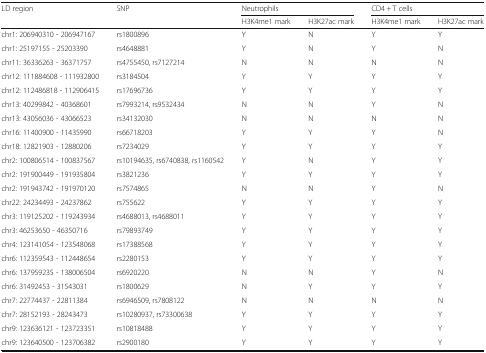
<table><thead><tr><td rowspan="2"><b>LD region</b></td><td rowspan="2"><b>SNP</b></td><td colspan="2"><b>Neutrophils</b></td><td colspan="2"><b>CD4 + T cells</b></td></tr><tr><td><b>H3K4me1 mark</b></td><td><b>H3K27ac mark</b></td><td><b>H3K4me1 mark</b></td><td><b>H3K27ac mark</b></td></tr></thead><tbody><tr><td>chr1: 206940310 - 206947167</td><td>rs1800896</td><td>Y</td><td>N</td><td>Y</td><td>Y</td></tr><tr><td>chr1: 25197155 - 25203390</td><td>rs4648881</td><td>Y</td><td>N</td><td>Y</td><td>N</td></tr><tr><td>chr11: 36336263 - 36371757</td><td>rs4755450, rs7127214</td><td>N</td><td>N</td><td>N</td><td>N</td></tr><tr><td>chr12: 111884608 - 111932800</td><td>rs3184504</td><td>Y</td><td>Y</td><td>Y</td><td>Y</td></tr><tr><td>chr12: 112486818 - 112906415</td><td>rs17696736</td><td>Y</td><td>Y</td><td>Y</td><td>Y</td></tr><tr><td>chr13: 40299842 - 40368601</td><td>rs7993214, rs9532434</td><td>N</td><td>N</td><td>Y</td><td>N</td></tr><tr><td>chr13: 43056036 - 43066523</td><td>rs34132030</td><td>N</td><td>N</td><td>N</td><td>N</td></tr><tr><td>chr16: 11400900 - 11435990</td><td>rs66718203</td><td>Y</td><td>Y</td><td>Y</td><td>N</td></tr><tr><td>chr18: 12821903 - 12880206</td><td>rs7234029</td><td>Y</td><td>Y</td><td>Y</td><td>Y</td></tr><tr><td>chr2: 100806514 - 100837567</td><td>rs10194635, rs6740838, rs1160542</td><td>Y</td><td>N</td><td>Y</td><td>Y</td></tr><tr><td>chr2: 191900449 - 191935804</td><td>rs3821236</td><td>Y</td><td>Y</td><td>Y</td><td>Y</td></tr><tr><td>chr2: 191943742 - 191970120</td><td>rs7574865</td><td>N</td><td>N</td><td>Y</td><td>N</td></tr><tr><td>chr22: 24234493 - 24237862</td><td>rs755622</td><td>Y</td><td>Y</td><td>Y</td><td>Y</td></tr><tr><td>chr3: 119125202 - 119243934</td><td>rs4688013, rs4688011</td><td>Y</td><td>Y</td><td>Y</td><td>Y</td></tr><tr><td>chr3: 46253650 - 46350716</td><td>rs79893749</td><td>Y</td><td>Y</td><td>Y</td><td>Y</td></tr><tr><td>chr4: 123141054 - 123548068</td><td>rs17388568</td><td>Y</td><td>Y</td><td>Y</td><td>Y</td></tr><tr><td>chr6: 112359543 - 112448654</td><td>rs2280153</td><td>Y</td><td>Y</td><td>Y</td><td>Y</td></tr><tr><td>chr6: 137959235 - 138006504</td><td>rs6920220</td><td>N</td><td>N</td><td>Y</td><td>N</td></tr><tr><td>chr6: 31492453 - 31543031</td><td>rs1800629</td><td>N</td><td>Y</td><td>Y</td><td>Y</td></tr><tr><td>chr7: 22774437 - 22811384</td><td>rs6946509, rs7808122</td><td>N</td><td>N</td><td>N</td><td>N</td></tr><tr><td>chr7: 28152193 - 28243473</td><td>rs10280937, rs73300638</td><td>Y</td><td>Y</td><td>Y</td><td>Y</td></tr><tr><td>chr9: 123636121 - 123723351</td><td>rs10818488</td><td>Y</td><td>Y</td><td>Y</td><td>Y</td></tr><tr><td>chr9: 123640500 - 123706382</td><td>rs2900180</td><td>Y</td><td>Y</td><td>Y</td><td>Y</td></tr></tbody></table>